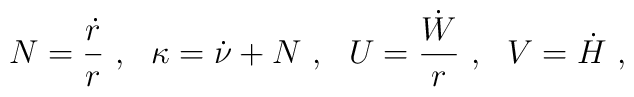
N={\dot r\over r}\ , \ \ \kappa=\dot \nu + N \ , \ \ U={\dot W\over r}\ , \ \ V=\dot H \ ,